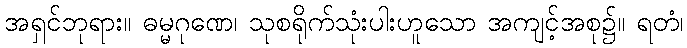
အရှင်ဘုရား။ ဓမ္မဂုဏေ၊ သုစရိုက်သုံးပါးဟူသော အကျင့်အစု၌။ ရတံ၊